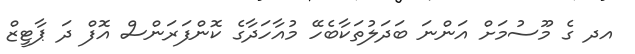
އދ ގެ މޫސުމަށް އަންނަ ބަދަލުތަކާބެހޭ މުއާހަދާގެ ކޮންފަރަންސް އޮފް ދަ ޕާޓީޒް